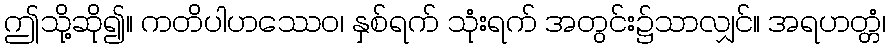
ဤသို့ဆို၍။ ကတိပါဟဿေဝ၊ နှစ်ရက် သုံးရက် အတွင်း၌သာလျှင်။ အရဟတ္တံ၊